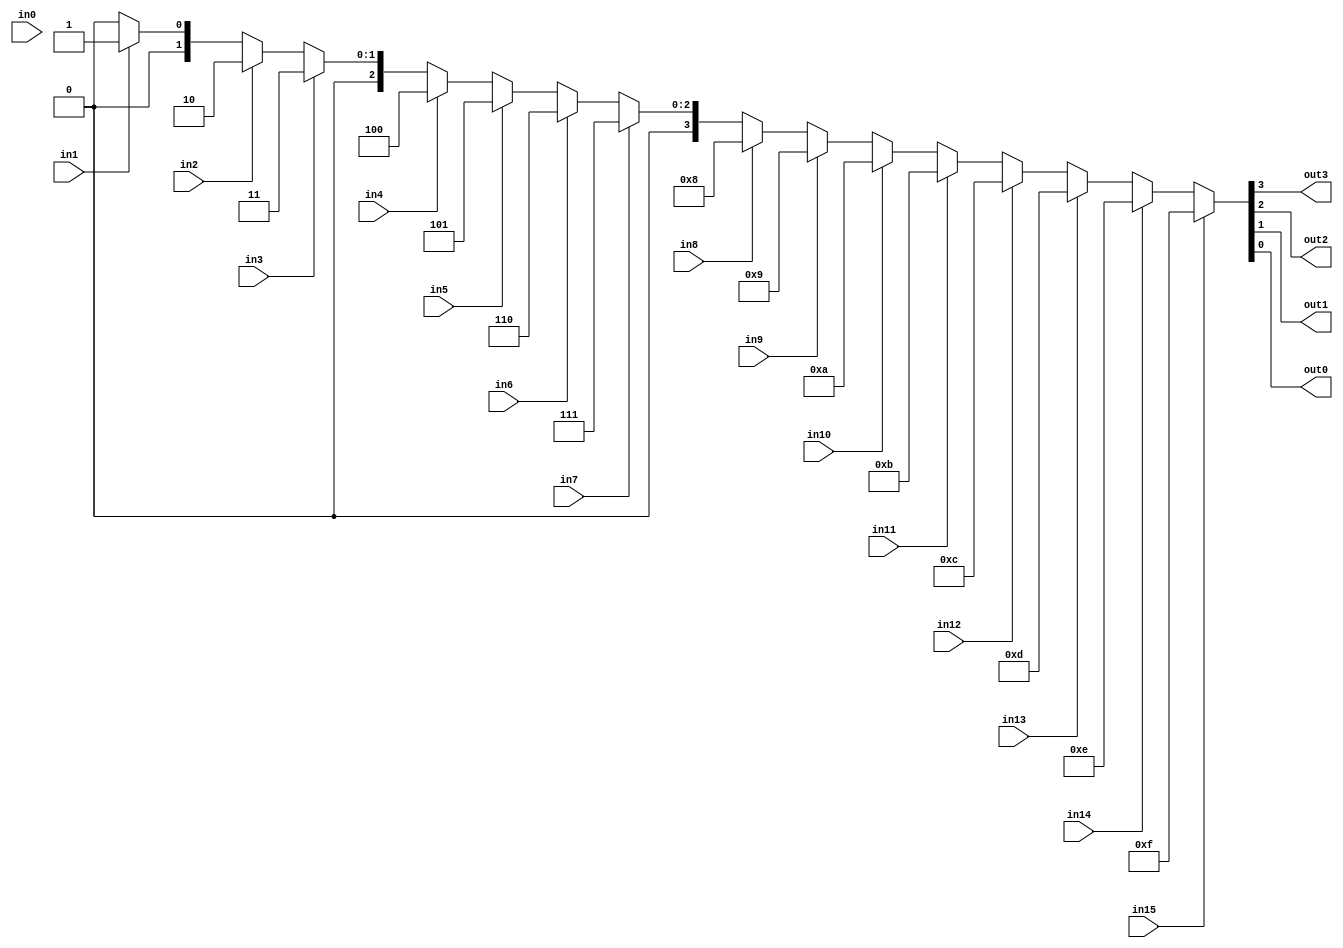
//Verilog HDL for "Lab03", "encoder" "functional"


module encoder (
  out3, out2, out1, out0,
  in15, in14, in13, in12, in11, in10, in9, in8, in7, in6, in5, in4, in3, in2, in1, in0
);

  input         in15, in14, in13, in12, in11, in10, in9, in8, in7, in6, in5, in4, in3, in2, in1, in0;
  output        out3, out2, out1, out0;
  reg     [3:0] out;
  wire   [15:0] in;

  assign out3 = out[3];
  assign out2 = out[2];
  assign out1 = out[1];
  assign out0 = out[0];
  always @(*) begin
    if      (in15) out = 4'd15;
    else if (in14) out = 4'd14;
    else if (in13) out = 4'd13;
    else if (in12) out = 4'd12;
    else if (in11) out = 4'd11;
    else if (in10) out = 4'd10;
    else if (in9)  out = 4'd9;
    else if (in8)  out = 4'd8;
    else if (in7)  out = 4'd7;
    else if (in6)  out = 4'd6;
    else if (in5)  out = 4'd5;
    else if (in4)  out = 4'd4;
    else if (in3)  out = 4'd3;
    else if (in2)  out = 4'd2;
    else if (in1)  out = 4'd1;
    else if (in0)  out = 4'd0;
    else           out = 4'd0;
  end
endmodule